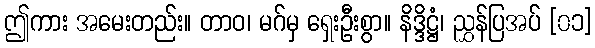
ဤကား အမေးတည်း။ တာဝ၊ မဂ်မှ ရှေးဦးစွာ။ နိဒ္ဒိဋ္ဌံ၊ ညွှန်ပြအပ် [၀၁]